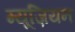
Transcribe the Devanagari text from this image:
म्यूज़ियन